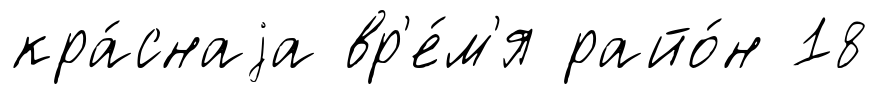
кра́снаjа вр'е́м'я райо́н 18